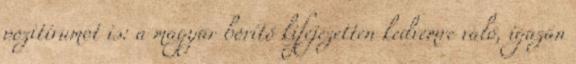
pozitívumot is: a magyar borító kifejezetten kedvemre való, igazán